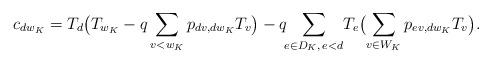
LaTeX: \begin{align*}c_{dw_K}=T_d\bigl(T_{w_K}-q\sum_{v<w_K}p_{dv,dw_K}T_v\bigr)-q\!\!\sum_{e\in D_K,\,e<d}\!T_e\bigl(\sum_{v\in W_K}p_{ev,dw_K}T_v\bigr).\end{align*}